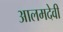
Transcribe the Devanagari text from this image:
आलमदेवी